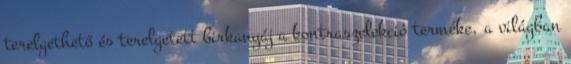
terelgethető és terelgetett birkanyáj a kontrasze­lek­ció terméke, a világban